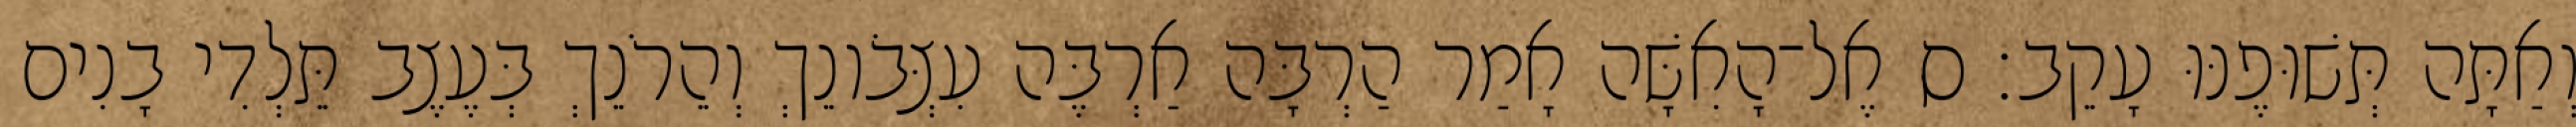
וְאַתָּה תְּשׁוּפֶנּוּ עָקֵב׃ ס אֶל־הָאִשָּׁה אָמַר הַרְבָּה אַרְבֶּה עִצְּבֹונֵךְ וְהֵרֹנֵךְ בְּעֶצֶב תֵּלְדִי בָנִים